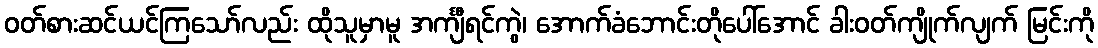
ဝတ်စားဆင်ယင်ကြသော်လည်း ထိုသူမှာမူ အင်္ကျီရင်ကွဲ၊ အောက်ခံဘောင်းတိုပေါ်အောင် ခါးဝတ်ကျိုက်လျက် မြင်းကို